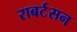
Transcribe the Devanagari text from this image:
राबर्टसन